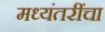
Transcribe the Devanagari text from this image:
मध्यंतरींचा